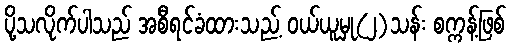
ပို့သလိုက်ပါသည် အစီရင်ခံထားသည့် ဝယ်ယူမှု(၂)သန်း စက္ကန့်ဖြစ်